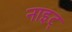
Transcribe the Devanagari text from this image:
नाइट्